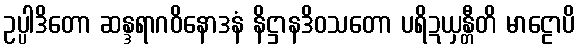
ဥပ္ပါဒိတော ဆန္ဒရာဂဝိနောဒနံ နိဋ္ဌာနဒိဝသတော ပရိဍယှန္တီတိ မာဠောပိ